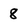
Character: 8